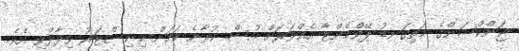
ޖަންކްޝަންގެ މަތިގަނޑު ޕޭވްމެންޓާ އެއްވަރަށް އުސް ކުރާނެ ކަމަށް މިނިސްޓަރު ވިދާޅުވި އެވެ.